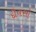
દીવસો